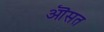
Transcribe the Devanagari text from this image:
ऒसत